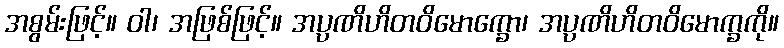
အစွမ်းဖြင့်။ ဝါ၊ အဖြစ်ဖြင့်။ အပ္ပဏိဟိတဝိမောက္ခော၊ အပ္ပဏိဟိတဝိမောက္ခကို။